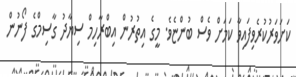
ކަށަވަރުކުރެވިފައިވާ ކަމަށް ވެސް ބުންޏެވެ. މީގެ އިތުރުން އިބްރާހިމް ސިޔާދު ގާސިމްގެ ފޯނުން